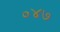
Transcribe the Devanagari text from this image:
०४७